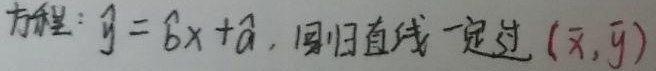
方程：$\hat{y} = \hat{b}x+\hat{a}$，回归直线一定过$(\bar{x},\bar{y})$